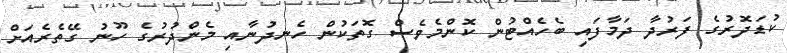
ކުޑަދޮރުގެ ފަރުދާ ދަމާފައި ބެހެއްޓުން ކޮންމެވެސް ގޮތަކުން ހެނދުނާއި މެންދުރުގެ ހޫނު ގޭތެރެއަށް